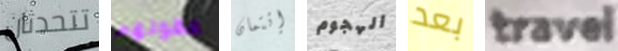
تتحدثان عقولهم إئتمان الهجوم بعد travel